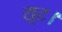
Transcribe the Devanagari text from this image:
सूट।